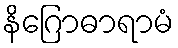
နိဂြောဓာရာမံ